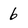
Character: 6